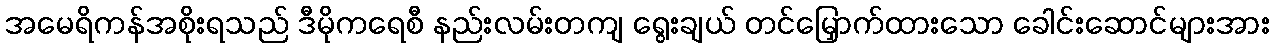
အမေရိကန်အစိုးရသည် ဒီမိုကရေစီ နည်းလမ်းတကျ ရွေးချယ် တင်မြှောက်ထားသော ခေါင်းဆောင်များအား